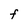
Character: F